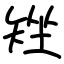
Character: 矬